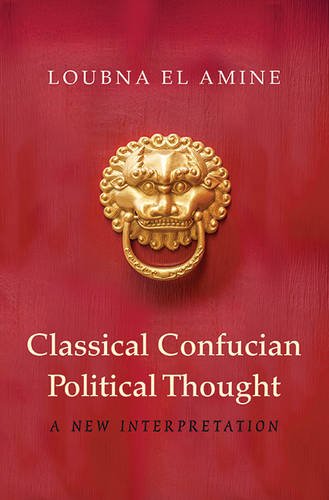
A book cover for Classical Confucian Political Thought: A New Interpretation; Loubna El Amine; Religion & Spirituality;